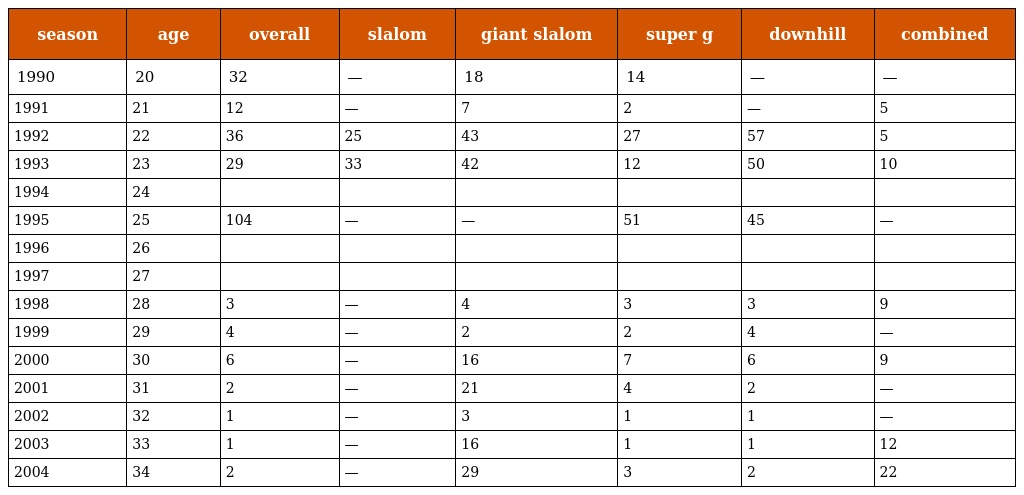
| season | age | overall | slalom | giant slalom | super g | downhill | combined |
 | --- | --- | --- | --- | --- | --- | --- | --- |
 | 1990 | 20 | 32 | — | 18 | 14 | — | — |
 | 1991 | 21 | 12 | — | 7 | 2 | — | 5 |
 | 1992 | 22 | 36 | 25 | 43 | 27 | 57 | 5 |
 | 1993 | 23 | 29 | 33 | 42 | 12 | 50 | 10 |
 | 1994 | 24 |  |  |  |  |  |  |
 | 1995 | 25 | 104 | — | — | 51 | 45 | — |
 | 1996 | 26 |  |  |  |  |  |  |
 | 1997 | 27 |  |  |  |  |  |  |
 | 1998 | 28 | 3 | — | 4 | 3 | 3 | 9 |
 | 1999 | 29 | 4 | — | 2 | 2 | 4 | — |
 | 2000 | 30 | 6 | — | 16 | 7 | 6 | 9 |
 | 2001 | 31 | 2 | — | 21 | 4 | 2 | — |
 | 2002 | 32 | 1 | — | 3 | 1 | 1 | — |
 | 2003 | 33 | 1 | — | 16 | 1 | 1 | 12 |
 | 2004 | 34 | 2 | — | 29 | 3 | 2 | 22 |